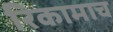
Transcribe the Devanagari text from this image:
रिकामाच